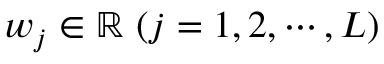
w _ { j } \in \mathbb { R } \ ( j = 1 , 2 , \cdots , L )